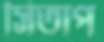
সিতাপ